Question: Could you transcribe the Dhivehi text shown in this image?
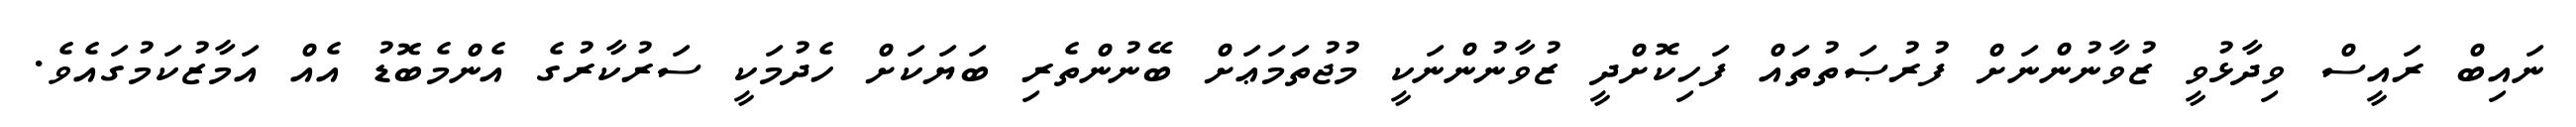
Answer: ނައިބް ރައީސް ވިދާޅުވީ ޒުވާނުންނަށް ފުރުޞަތުތައް ފަހިކޮށްދީ ޒުވާނުންނަކީ މުޖުތަމަޢަށް ބޭނުންތެރި ބަޔަކަށް ހެދުމަކީ ސަރުކާރުގެ އެންމެބޮޑު އެއް އަމާޒުކަމުގައެވެ.